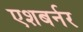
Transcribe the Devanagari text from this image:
एशबर्नर